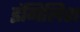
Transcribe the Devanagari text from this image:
इंगिलिश